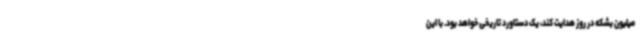
میلیون بشکه در روز هدایت کند، یک دستاورد تاریخی خواهد بود. با این